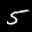
Label: 5